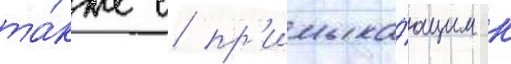
та́кже с пр'имыка́ющим к